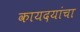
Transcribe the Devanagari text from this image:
कायदयांचा